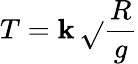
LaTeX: T=\mathbf{k}\, {\sqrt{}{{\frac{{R}}{{g}}}}}